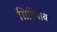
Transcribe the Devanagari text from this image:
सिरियाक